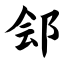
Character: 郐